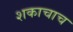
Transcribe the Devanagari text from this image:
शकाचाच